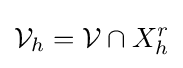
{\mathcal {V}}_{h}={\mathcal {V}}\cap X_{h}^{r}